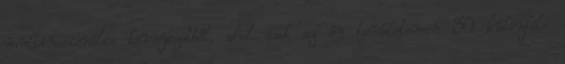
multinacionális környezetből, ahol csak az én területemen 30 különféle